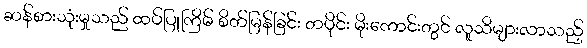
ဆန်စားသုံးမှုသည် ထပ်ပြုကြိမ် စိတ်မြန်ခြင်း တပိုင်း မိုးကောင်းတွင် လူသိများလာသည့်